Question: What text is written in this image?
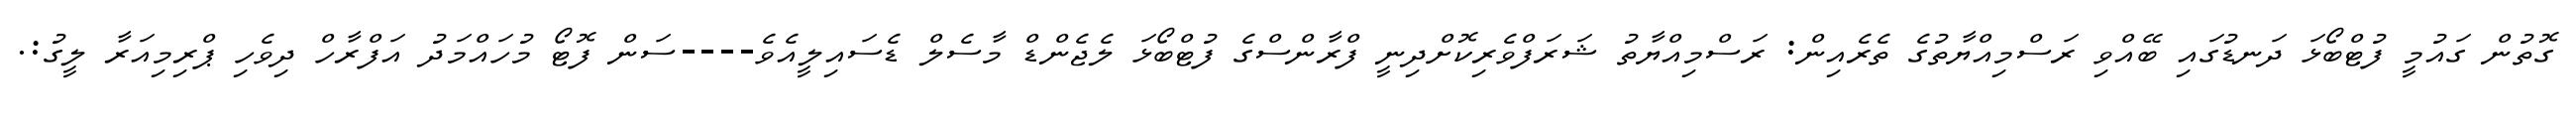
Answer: ގޮތުން ގައުމީ ފުޓްބޯޅަ ދަނޑުގައި ބޭއްވި ރަސްމިއްޔާތުގެ ތެރެއިން: ރަސްމިއްޔާތު ޝަރަފްވެރިކޮށްދިނީ ފްރާންސްގެ ފުޓްބޯޅަ ލެޖެންޑް މާސެލް ޑެސައިލީއެވެ----ސަން ފޮޓޯ މުހައްމަދު އަފްރާހް ދިވެހި ޕްރިމިއަރާ ލީގު:.